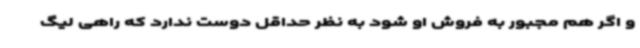
و اگر هم مجبور به فروش او شود به نظر حداقل دوست ندارد که راهی لیگ